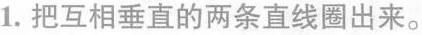
1.把互相垂直的两条直线圈出来。